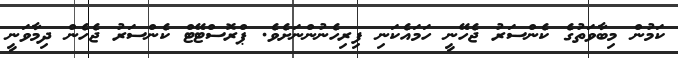
ކަމުން މިބާވަތުގެ ކެންސަރު ޖެހޭނީ ހަމައެކަނި ފިރިހެނުންނަށެވެ. ޕްރޮސްޓޭޓް ކެންސަރު ޖެހެން ދިމާވަނީ